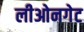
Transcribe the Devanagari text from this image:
लीओनगेट